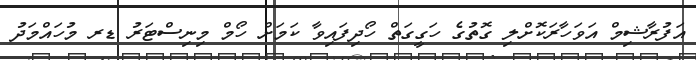
އަފުރާޝިމް އަވަހާރަކޮށްލި ގޮތުގެ ހަގީގަތް ހޯދިފައިވާ ކަމަށް ހޯމް މިނިސްޓަރު ޑރ މުހައްމަދު